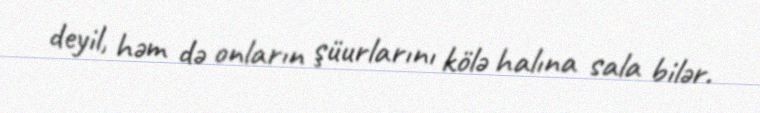
deyil, həm də onların şüurlarını kölə halına sala bilər.